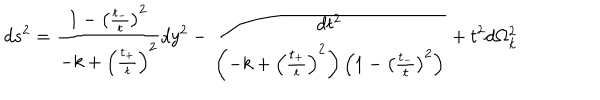
LaTeX: d s ^ { 2 } = \frac { 1 - \left( \frac { t _ { - } } { t } \right) ^ { 2 } } { - k + \left( \frac { t _ { + } } { t } \right) ^ { 2 } } d y ^ { 2 } - \frac { d t ^ { 2 } } { \left( - k + \left( \frac { t _ { + } } { t } \right) ^ { 2 } \right) \left( 1 - \left( \frac { t _ { - } } { t } \right) ^ { 2 } \right) } + t ^ { 2 } d \Omega _ { k } ^ { 2 }